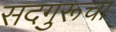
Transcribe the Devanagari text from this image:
सदगुरूचा